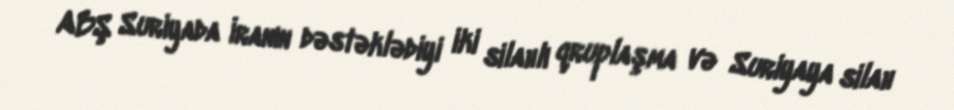
ABŞ Suriyada İranın dəstəklədiyi iki silahlı qruplaşma və Suriyaya silah